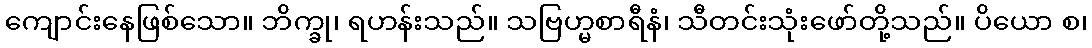
ကျောင်းနေဖြစ်သော။ ဘိက္ခု၊ ရဟန်းသည်။ သဗြဟ္မစာရီနံ၊ သီတင်းသုံးဖော်တို့သည်။ ပိယော စ၊